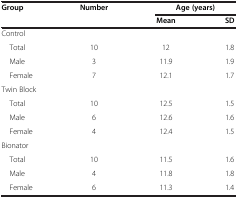
<table><thead><tr><td rowspan="2"><b>Group</b></td><td rowspan="2"><b>Number</b></td><td colspan="2"><b>Age (years)</b></td></tr><tr><td><b>Mean</b></td><td><b>SD</b></td></tr></thead><tbody><tr><td colspan="4">Control</td></tr><tr><td> Total</td><td>10</td><td>12</td><td>1.8</td></tr><tr><td> Male</td><td>3</td><td>11.9</td><td>1.9</td></tr><tr><td> Female</td><td>7</td><td>12.1</td><td>1.7</td></tr><tr><td colspan="4">Twin Block</td></tr><tr><td> Total</td><td>10</td><td>12.5</td><td>1.5</td></tr><tr><td> Male</td><td>6</td><td>12.6</td><td>1.6</td></tr><tr><td> Female</td><td>4</td><td>12.4</td><td>1.5</td></tr><tr><td colspan="4">Bionator</td></tr><tr><td> Total</td><td>10</td><td>11.5</td><td>1.6</td></tr><tr><td> Male</td><td>4</td><td>11.8</td><td>1.8</td></tr><tr><td> Female</td><td>6</td><td>11.3</td><td>1.4</td></tr></tbody></table>